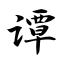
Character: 谭